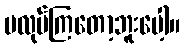
မလုပ်ကြတော့ဘူးပေါ့။